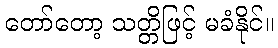
တော်တော့ သတ္တိဖြင့် မခံနိုင်။